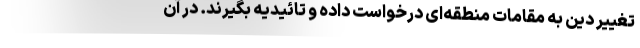
تغییر دین به مقامات منطقه‌ای درخواست داده و تائیدیه بگیرند. در آن